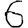
Digit: 6